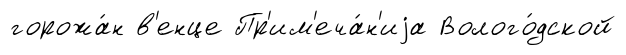
горожа́н в'енце Пр'им'еча́н'иjа Волого́дской